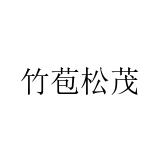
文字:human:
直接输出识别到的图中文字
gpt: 竹苞松茂